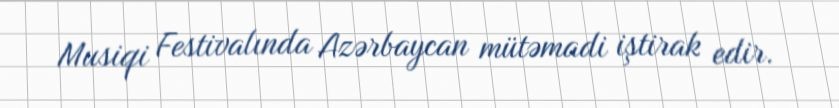
Musiqi Festivalında Azərbaycan mütəmadi iştirak edir.